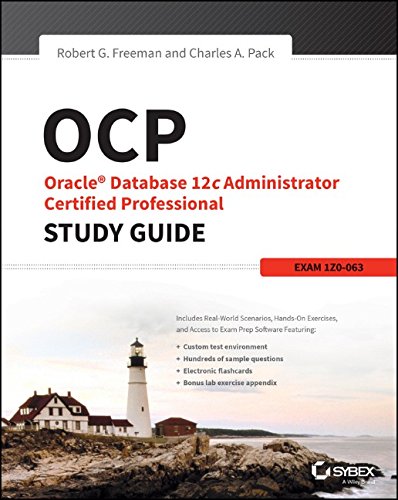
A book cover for OCP: Oracle Database 12c Administrator Certified Professional Study Guide: Exam 1Z0-063; Robert G. Freeman; Computers & Technology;